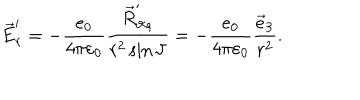
\vec { E } _ { r } ^ { \prime } = - \frac { e _ { 0 } } { 4 \pi \varepsilon _ { 0 } } \frac { \vec { R } _ { \vartheta \varphi } ^ { \prime } } { r ^ { 2 } \sin \vartheta } = - \frac { e _ { 0 } } { 4 \pi \varepsilon _ { 0 } } \frac { \vec { e } _ { 3 } } { r ^ { 2 } } .